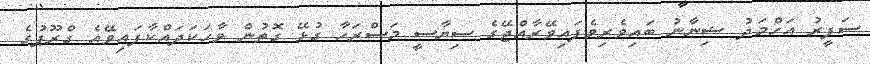
ސަފީރު އަހްމަދު ޝިނާނު ބައިވެރިވެފައިވޭރާއްޖޭގެ ސިޔާސީ މަސްރަހާ ގުޅޭ ގޮތުން ވާހަކަދައްކާފައިވޭއެ ގްރޫޕުގެ